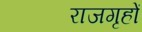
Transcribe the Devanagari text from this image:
राजगृहों